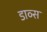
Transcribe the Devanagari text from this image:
डाव्स